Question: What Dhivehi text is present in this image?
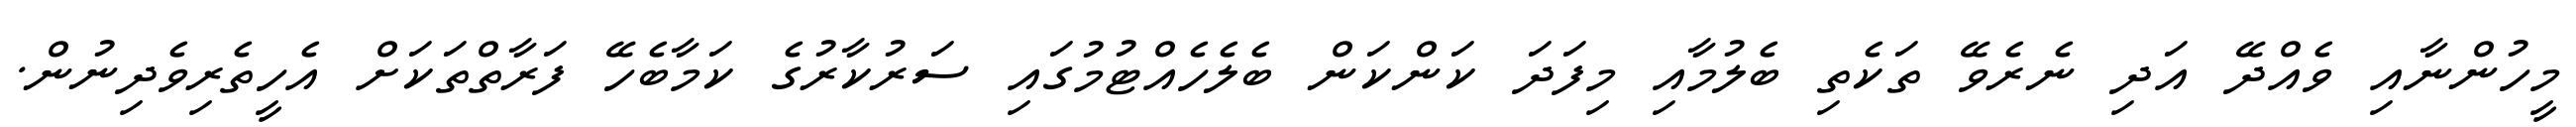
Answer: މީހުންނާއި ވެއްދޭ އަދި ނެރެވޭ ތަކެތި ބެލުމާއި މިފަދަ ކަންކަން ބެލެހެއްޓުމުގައި ސަރުކާރުގެ ކަމާބެހޭ ފަރާތްތަކަށް އެހީތެރިވެދިނުން.